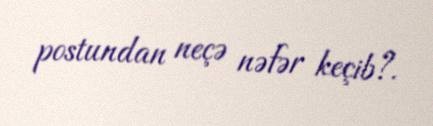
postundan neçə nəfər keçib?.